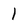
Character: I